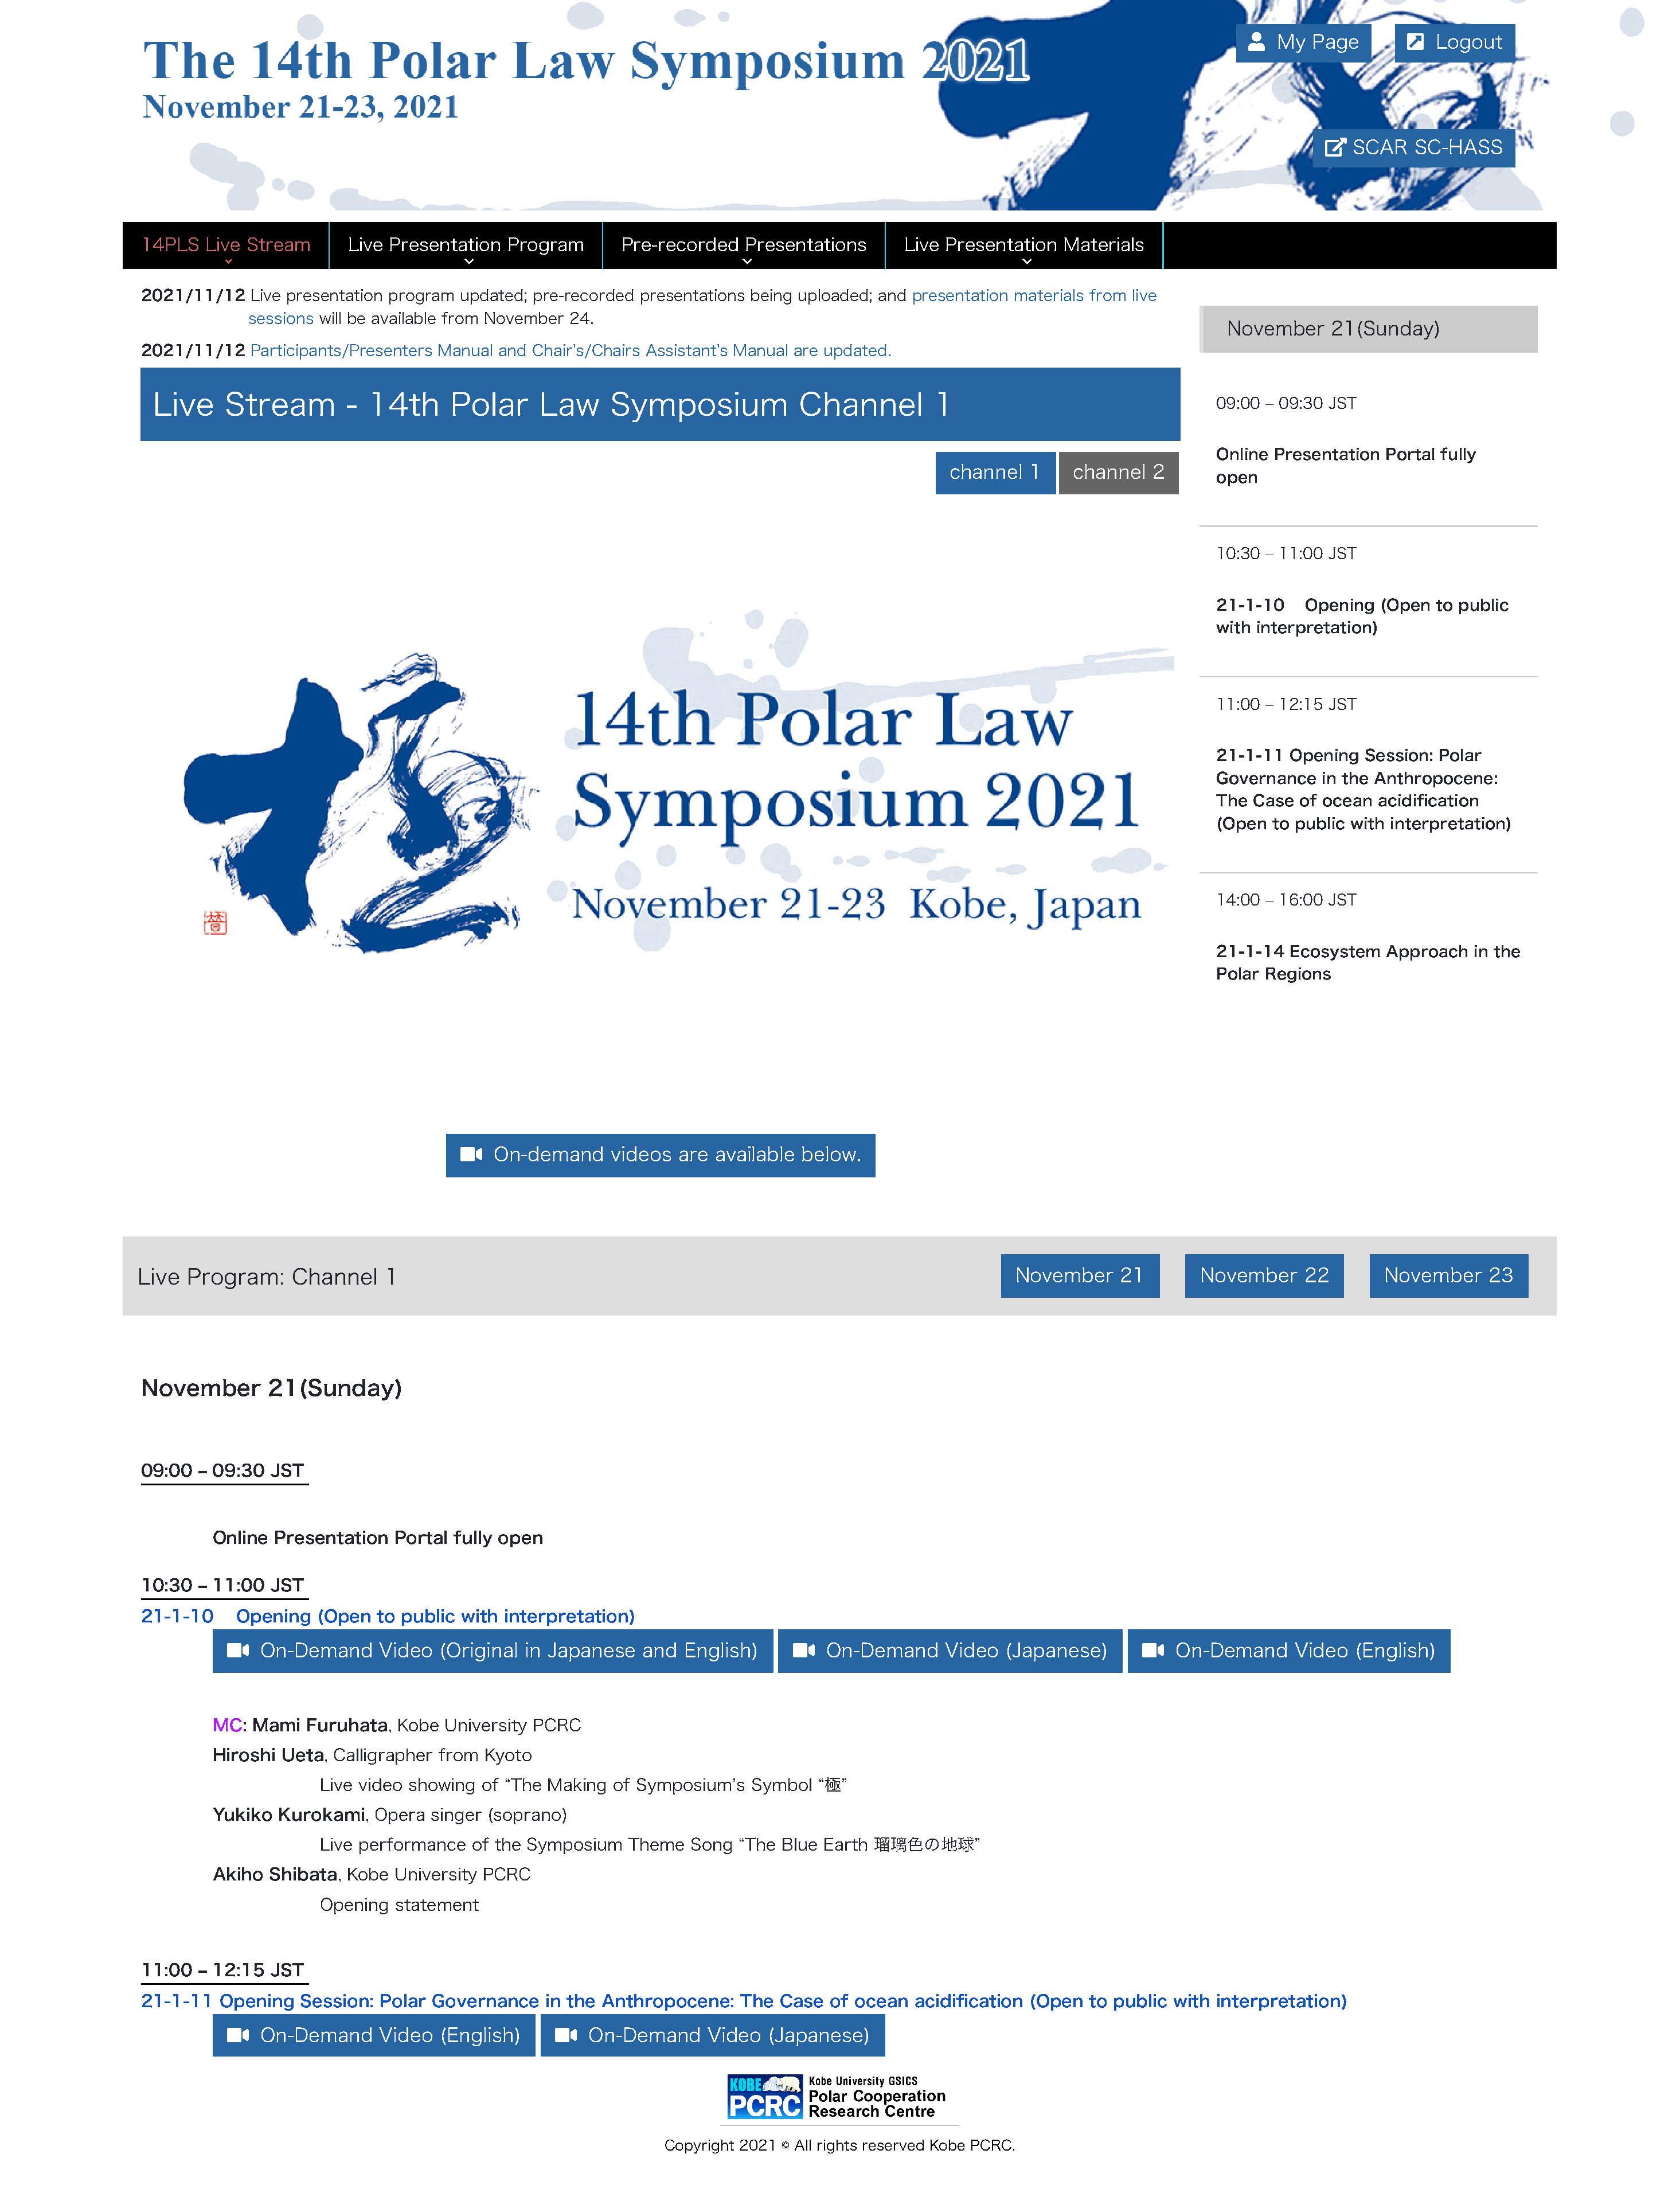
!  My  Page       "   Logout
 #  SCAR   SC-HASS
 14PLS   Live Stream     Live Presentation  Program      Pre-recorded  Presentations     Live Presentation  Materials
 $                           %                               %                               %
 2021/11/12   Live presentation program updated; pre-recorded presentations being uploaded; and presentation materials from live
 sessions will be available from November 24.
 November    21(Sunday)
 2021/11/12   Participants/Presenters Manual and Chair's/Chairs Assistant's Manual are updated.
 Live    Stream        - 14th      Polar     Law     Symposium             Channel         1
 09:00 ‒ 09:30 JST
 Online Presentation Portal fully
 channel  1    channel  2
 open
 10:30 ‒ 11:00 JST
 21-1-10    Opening (Open  to public
 with interpretation)
 11:00 ‒ 12:15 JST
 21-1-11  Opening  Session: Polar
 Governance   in the Anthropocene:
 The  Case of ocean acidification
 (Open  to public with interpretation)
 14:00 ‒ 16:00 JST
 21-1-14  Ecosystem  Approach  in the
 Polar Regions
 &   On-demand     videos are  available below.
 Live  Program:    Channel   1                                                                        November    21        November    22       November    23
 November       21(Sunday)
 09:00  ‒ 09:30 JST
 Online Presentation  Portal fully open
 10:30  ‒ 11:00 JST
 21-1-10    Opening   (Open  to public with interpretation)
 &   On-Demand     Video  (Original in Japanese  and  English)     &  On-Demand     Video  (Japanese)      &   On-Demand    Video  (English)
 MC: Mami  Furuhata,  Kobe University PCRC
 Hiroshi Ueta, Calligrapher from Kyoto
 Live video showing of “The Making of Symposiumʼs  Symbol “極”
 Yukiko Kurokami,  Opera  singer (soprano)
 Live performance of the Symposium   Theme  Song “The Blue Earth 瑠璃色の地球”
 Akiho Shibata, Kobe  University PCRC
 Opening  statement
 11:00  ‒ 12:15 JST
 21-1-11  Opening   Session: Polar Governance   in the Anthropocene:   The Case  of ocean  acidification (Open to public with interpretation)
 &   On-Demand     Video  (English)    &   On-Demand     Video  (Japanese)
 Copyright 2021 © All rights reserved Kobe PCRC.